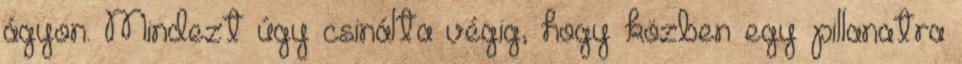
ágyon. Mindezt úgy csinálta végig, hogy közben egy pillanatra